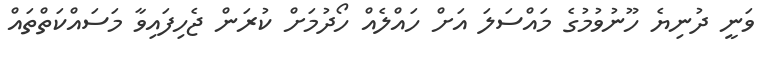
ވަނީ ދުނިޔެ ހޫނުވުމުގެ މައްސަލަ އަށް ހައްލެއް ހޯދުމަށް ކުރަން ޖެހިފައިވާ މަސައްކަތްތައް